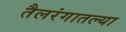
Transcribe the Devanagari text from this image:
तैलरंगातल्या